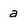
Character: a